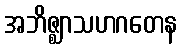
အဘိဇ္ဈာသဟဂတေန